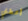
أعطني